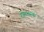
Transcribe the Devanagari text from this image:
रोमन्थक